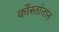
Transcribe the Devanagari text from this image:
कोंस्तांतान